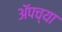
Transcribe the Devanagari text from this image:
अॅपच्या